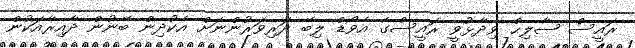
ރައީސް ޞާލިޙް ވިދާޅުވީ ރައީސްގެ އެވޯޑް ލިބޭ ދަރިވަރުންނަށް އެކުދިން ބޭނުން ދާއިރާއަކުން